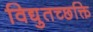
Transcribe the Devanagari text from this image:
विद्युतच्छक्ति